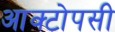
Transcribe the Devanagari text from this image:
आक्टोपसी